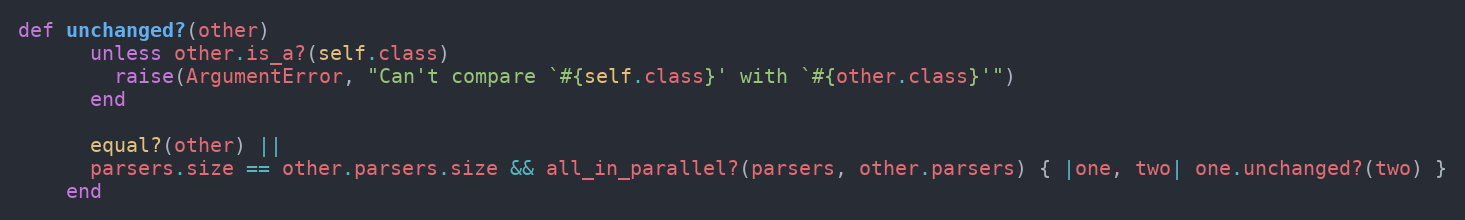
Language: Ruby
def unchanged?(other)
      unless other.is_a?(self.class)
        raise(ArgumentError, "Can't compare `#{self.class}' with `#{other.class}'")
      end

      equal?(other) ||
      parsers.size == other.parsers.size && all_in_parallel?(parsers, other.parsers) { |one, two| one.unchanged?(two) }
    end